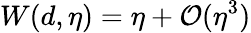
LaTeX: W(d,\eta)=\eta+\mathcal{O}(\eta^{3})